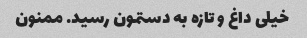
خیلی داغ و تازه به دستمون رسید. ممنون